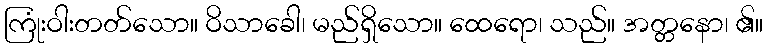
ကြုံးဝါးတတ်သော။ ဝိသာခေါ၊ မည်ရှိသော။ ထေရော၊ သည်။ အတ္တနော၊ ၏။